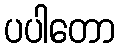
ပပါတော